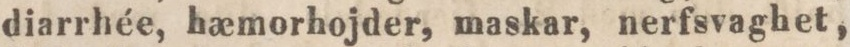
diarrhée, hæmorhojder, maskar, nerfsvaghet,